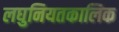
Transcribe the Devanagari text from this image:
लघुनियतकालिक